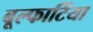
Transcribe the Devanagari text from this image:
बूल्फार्टिया